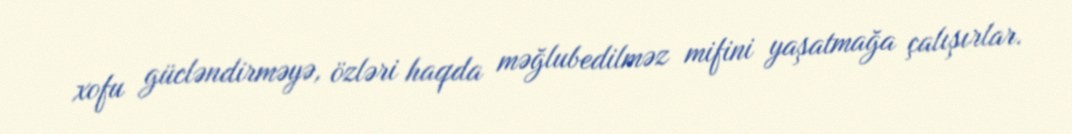
xofu gücləndirməyə, özləri haqda məğlubedilməz mifini yaşatmağa çalışırlar.